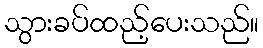
သွားခပ်ထည့်ပေးသည်။